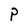
Character: P